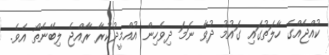
ކުއްޖެއްގެ ހާލަތުގައި ގައުމު ދުވާ ނަމަ ދިވެހިން އުއްމީދުކުރާ ރާއްޖެ ލިބޭނެތޯ އެވެ.